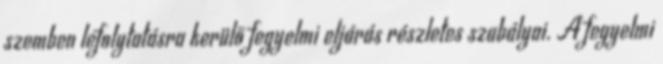
szemben lefolytatásra kerülő fegyelmi eljárás részletes szabályai. A fegyelmi